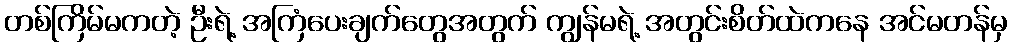
တစ်ကြိမ်မကတဲ့ ဦးရဲ့ အကြံပေးချက်တွေအတွက် ကျွန်မရဲ့ အတွင်းစိတ်ထဲကနေ အင်မတန်မှ